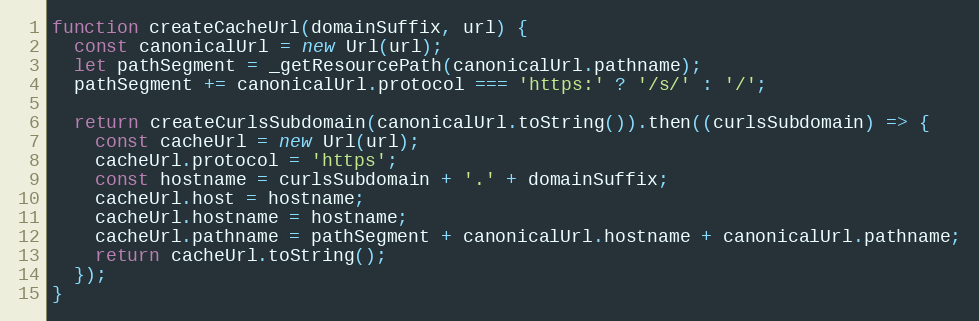
Language: JavaScript
function createCacheUrl(domainSuffix, url) {
  const canonicalUrl = new Url(url);
  let pathSegment = _getResourcePath(canonicalUrl.pathname);
  pathSegment += canonicalUrl.protocol === 'https:' ? '/s/' : '/';

  return createCurlsSubdomain(canonicalUrl.toString()).then((curlsSubdomain) => {
    const cacheUrl = new Url(url);
    cacheUrl.protocol = 'https';
    const hostname = curlsSubdomain + '.' + domainSuffix;
    cacheUrl.host = hostname;
    cacheUrl.hostname = hostname;
    cacheUrl.pathname = pathSegment + canonicalUrl.hostname + canonicalUrl.pathname;
    return cacheUrl.toString();
  });
}